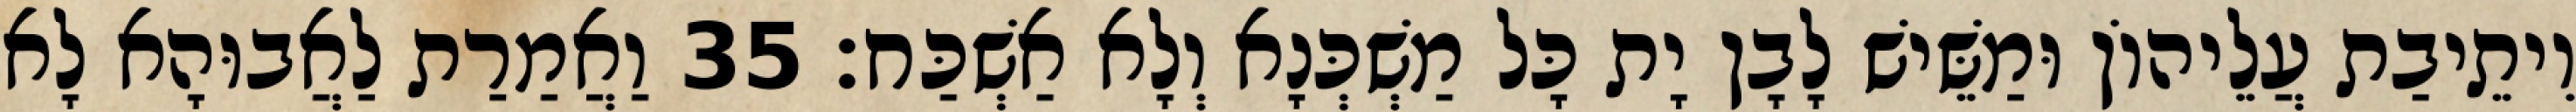
וִיתֵיבַת עֲלֵיהוֹן וּמַשֵּׁישׁ לָבָן יָת כָּל מַשְׁכְּנָא וְלָא אַשְׁכַּח׃ 35 וַאֲמַרַת לַאֲבוּהָא לָא